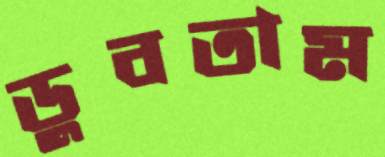
ডুবতাম